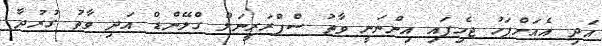
އަދި އެއަށްފަހު ޖެހިފައި އިންނަނީ ވާތު ސްޕްރަރީނަލް ގްލޭންޑް އަދި ވާތު ގުރުދާ